Lunatic asylums Madras 1892-1911 - 1892-1911
Year: 1892
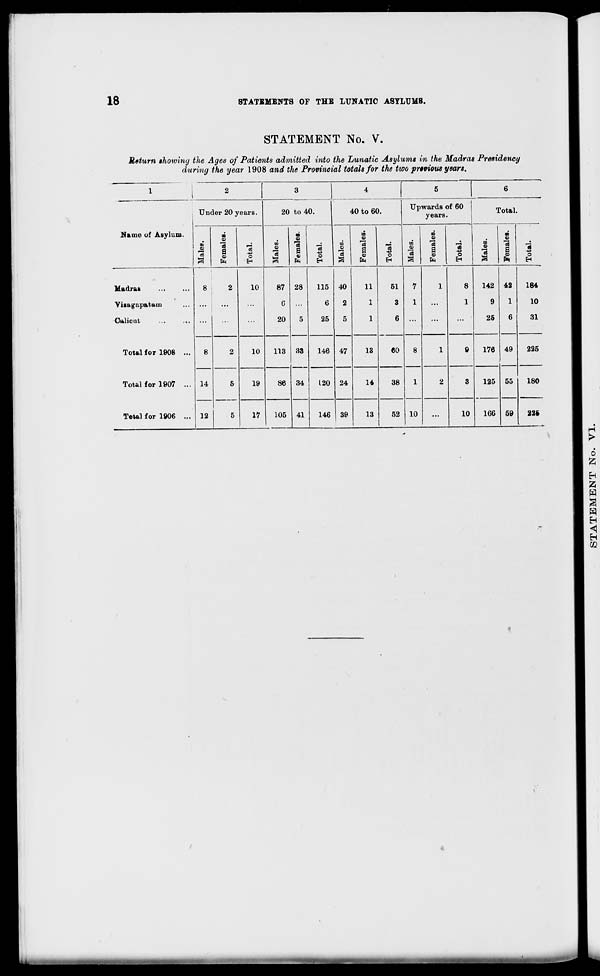
18
STATEMENTS OF THE LUNATIC ASYLUMS.
STATEMENT No. V.
Return showing the Ages of Patients admitted into the Lunatic Asylums in the Madras Presidency
during the year 1908 and the Provincial totals for the two prtvious years.
|
2
3
4
5
6
Under 20 years.
20 to 40.
40 to 60.
Upwards of 60
years.
Total.
Name of Asylum.
13
a
o
a 3
o
H
OB
O
13
a
00
5
a
0)
"3
0
to
Q
13
to
o
13
a s
"3
o
m
13
CD
Q
13
a
a
o
DO
O
13
si
V
13
a
3
ft
-3
o
Madran
Visagapatam
Calicut
8
2
10
87
c
20
28
5
115
6
25
40
2
5
11
1
1
51
3
6
7
1
1
8
1
142
9
25
42
1
6
49
55
59
184
10
31
Total for 1908 ...
8
14
12
2
5
5
10
113 33
34
146 47
24
13
60
8
1
1
9
176
225
Total for 1907 ...
19
86
120
14
38
2
3
125
180
Total for 1906 ...
17
105 41
146 39
13
52 10
...
10
166
226